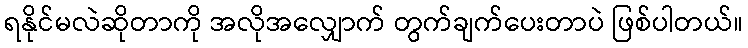
ရနိုင်မလဲဆိုတာကို အလိုအလျှောက် တွက်ချက်ပေးတာပဲ ဖြစ်ပါတယ်။